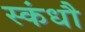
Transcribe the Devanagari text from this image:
स्कंधौ